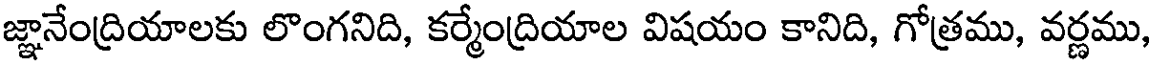
జ్ఞానేంద్రియాలకు లొంగనిది, కర్మేంద్రియాల విషయం కానిది, గోత్రము, వర్ణము,